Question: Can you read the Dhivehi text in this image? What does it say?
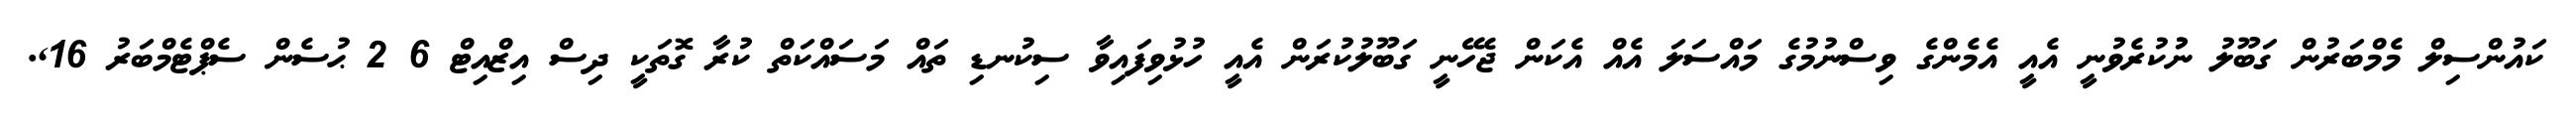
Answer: ކައުންސިލް މެމްބަރުން ގަބޫލު ނުުކުރެވުނީ އެއީ އެމެންގެ ވިސްނުމުގެ މައްސަލަ އެއް އެކަން ޖެހޭނީ ގަބޫލުކުރަން އެއީ ހުޅުވިފައިވާ ސިކުނޑި ތައް މަސައްކަތް ކުރާ ގޮތަކީ ދިސް އިޒްއިޓް 6 2 ޙުސެން ސެޕްޓެމްބަރު 16,.